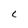
Character: C